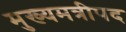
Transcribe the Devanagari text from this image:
मुख्यमत्रीपद